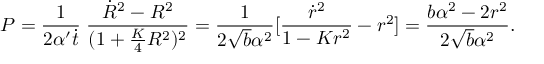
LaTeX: P = \frac { 1 } { 2 \alpha ^ { \prime } \dot { t } } \; \frac { \dot { R } ^ { 2 } - R ^ { 2 } } { ( 1 + \frac { K } { 4 } R ^ { 2 } ) ^ { 2 } } = \frac { 1 } { 2 \sqrt { b } \alpha ^ { 2 } } [ \frac { \dot { r } ^ { 2 } } { 1 - K r ^ { 2 } } - r ^ { 2 } ] = \frac { b \alpha ^ { 2 } - 2 r ^ { 2 } } { 2 \sqrt { b } \alpha ^ { 2 } } .